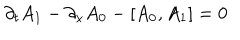
\partial _ { t } A _ { 1 } - \partial _ { x } A _ { 0 } - \left[ A _ { 0 } , A _ { 1 } \right] = 0